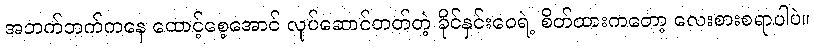
အဘက်ဘက်ကနေ ထောင့်စေ့အောင် လုပ်ဆောင်တတ်တဲ့ ခိုင်နှင်းဝေရဲ့ စိတ်ထားကတော့ လေးစားစရာပါပဲ။